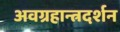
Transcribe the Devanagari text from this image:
अवग्रहान्त्रदर्शन